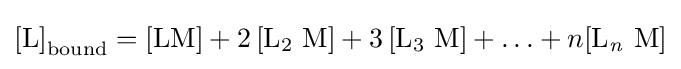
{[\mathrm {L} ]}_{\text{bound}}={[\mathrm {LM} ]}+{2\,[\mathrm {L} {\vphantom {A}}_{\smash[{t}]{2}}~\mathrm {M} ]}+{3\,[\mathrm {L} {\vphantom {A}}_{\smash[{t}]{3}}~\mathrm {M} ]}+\ldots +n{[\mathrm {L} {\vphantom {A}}_{\smash[{t}]{\mathit {n}}}~\mathrm {M} ]}